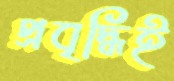
প্রবৃদ্ধিই